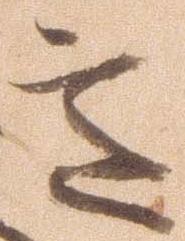
意